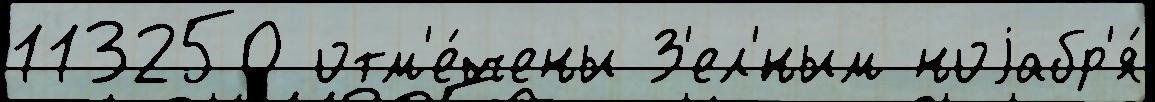
113250 отм'е́чены З'ел'́ным ноjабр'я́